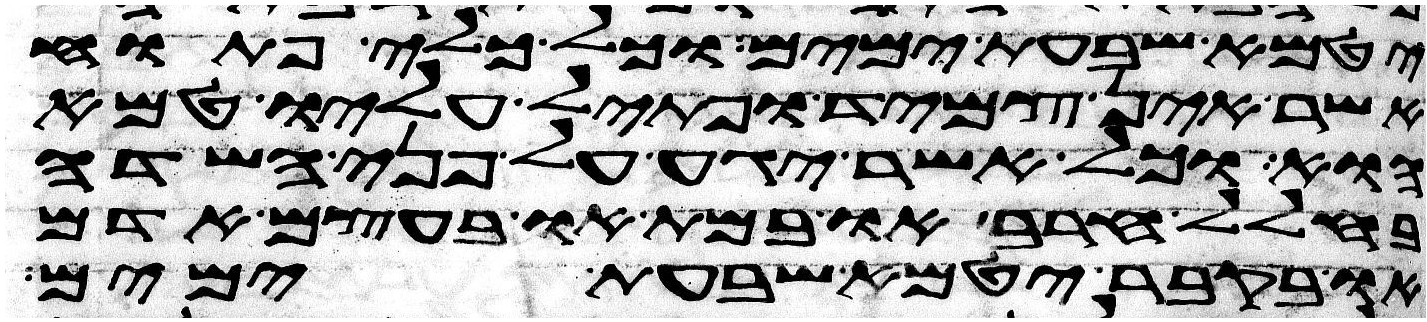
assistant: יטמא שבעת ימים וכל כלי פתוח
אשר אין צמיד ופתיל עליו טמא
הוא וכל אשר יגע על פני השדה
בחלל חרב או במת או בעצם אדם
או בקבר יטמא שבעת ימים